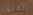
يتمنون